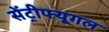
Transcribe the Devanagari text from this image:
सेंट्रीफ्यूगल